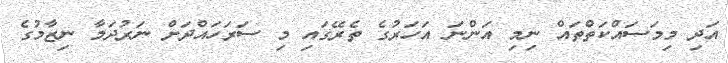
އަދި މިމަސައްކަތްތައް ނިމި އަންނަ އަހަރުގެ ތެރޭގައި މި ސަރަހައްދަށް ނަރުދަމާ ނިޒާމުގެ